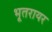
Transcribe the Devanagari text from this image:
भूतरायर